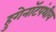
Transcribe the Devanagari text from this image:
हुगेनॉटपंथीय